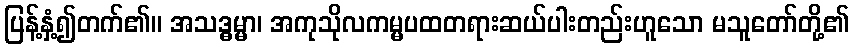
ပြန့်နှံ့၍တက်၏။ အသဒ္ဓမ္မာ၊ အကုသိုလကမ္မပထတရားဆယ်ပါးတည်းဟူသော မသူတော်တို့၏